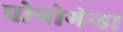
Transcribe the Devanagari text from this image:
प्रोपोगेन्डा